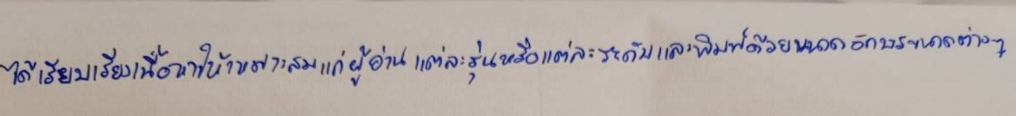
ได้เรียบเรียงเนื้อหาให้เหมาะสมแก่ผู้อ่านแต่ละรุ่นหรือแต่ละระดับและพิมพ์ด้วยขนาดอักษรขนาดต่างๆ